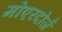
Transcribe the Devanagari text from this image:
मोएरदोर्ज